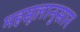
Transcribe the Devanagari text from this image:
महसूलानुसार